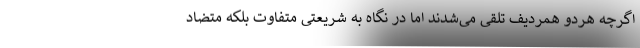
اگرچه هردو همردیف تلقی می‌شدند اما در نگاه به شریعتی متفاوت بلکه متضاد